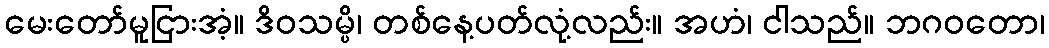
မေးတော်မူငြားအံ့။ ဒိဝသမ္ပိ၊ တစ်နေ့ပတ်လုံ့လည်း။ အဟံ၊ ငါသည်။ ဘဂဝတော၊